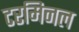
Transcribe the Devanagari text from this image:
टरमिनल